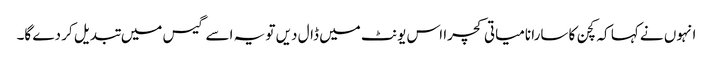
انہوں نے کہا کہ کچن کا سارا نامیاتی کچرا اس یونٹ میں ڈال دیں تو یہ اسے گیس میں تبدیل کر دے گا۔